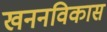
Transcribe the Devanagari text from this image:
खननविकास